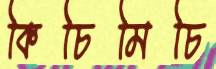
কিচিমিচি